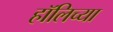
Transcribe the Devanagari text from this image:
हॉलिच्या